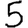
Digit: 5